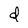
Character: d